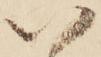
い